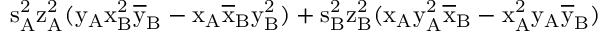
\mathrm { s _ { A } ^ { 2 } \mathrm { z _ { A } ^ { 2 } ( \mathrm { y _ { A } \mathrm { x _ { B } ^ { 2 } \mathrm { \overline { { y } } _ { B } - \mathrm { x _ { A } \mathrm { \overline { { x } } _ { B } \mathrm { y _ { B } ^ { 2 } ) + \mathrm { s _ { B } ^ { 2 } \mathrm { z _ { B } ^ { 2 } ( \mathrm { x _ { A } \mathrm { y _ { A } ^ { 2 } \mathrm { \overline { { x } } _ { B } - \mathrm { x _ { A } ^ { 2 } \mathrm { y _ { A } \mathrm { \overline { { y } } _ { B } ) } } } } } } } } } } } } } } } }